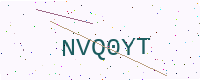
Text: NVQ0YT